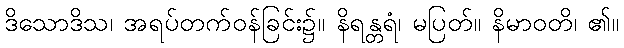
ဒိသောဒိသ၊ အရပ်တက်ဝန်ခြင်း၌။ နိရန္တရံ၊ မပြတ်။ နိမာဝတိ၊ ၏။